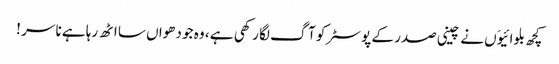
کچھ بلوائیوَں نے چینی صدر کے پوسٹر کو آگ لگا رکھی ہے ، وہ جو دھواں سا اٹھ رہا ہے نا سر !